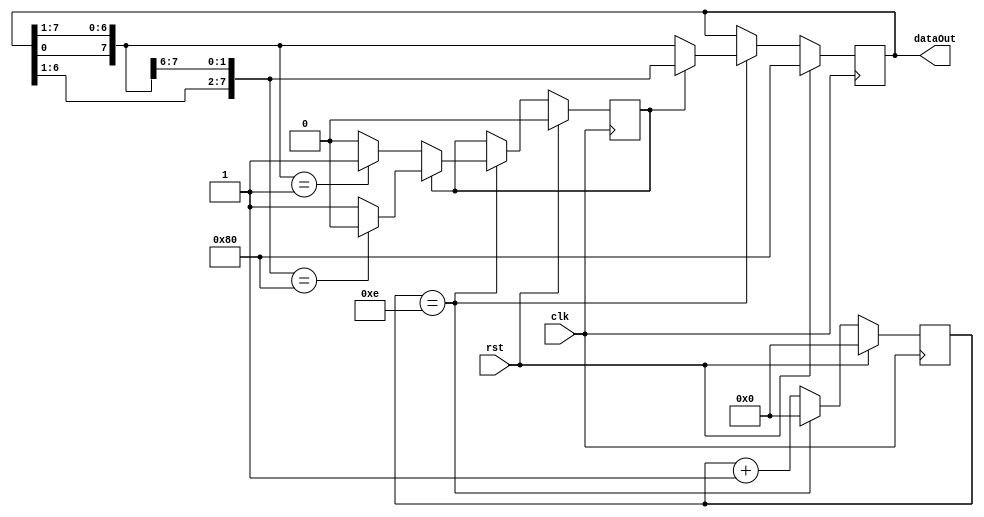
// Gksel can NAL
// S011827
module knightRider(clk, rst, dataOut);

input clk, rst;
output reg [7:0] dataOut;

reg [21:0] counter, counterNext;
reg [ 7:0] dataOutNext;
reg  flag,flagNext;

parameter COUNT = 22'hF;

// registers
always @(posedge clk) begin
	counter <=  counterNext;
	dataOut <=  dataOutNext;
	flag <=  flagNext;
end

always @(*) begin
	dataOutNext = dataOut;
	counterNext = counter;
	flagNext = flag;
	if(rst) begin
		dataOutNext = 8'b10000000;
		counterNext = 0;
		flagNext = 0;
	end
	else if(counter == COUNT -1) begin
		if(flag == 0)begin
			dataOutNext = {dataOut[0], dataOut[7:1]};
			counterNext = 0;
		if(dataOutNext == 8'b00000001)begin
			flagNext = 1;
		end
		end
		else begin
			dataOutNext = {dataOut[6:0], dataOut[7]};
			counterNext = 0;
			flagNext = 1;
			if(dataOutNext == 8'b10000000)begin
				flagNext = 0;
			end
		end
	end
	else begin
		counterNext = counter +1;
	end
end

endmodule